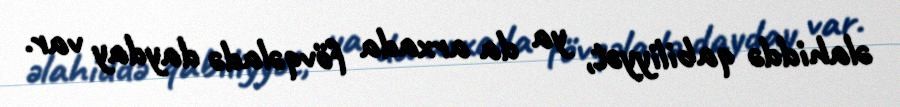
əlahiddə qabiliyyət, ya da arxada fövqəladə dayday var.